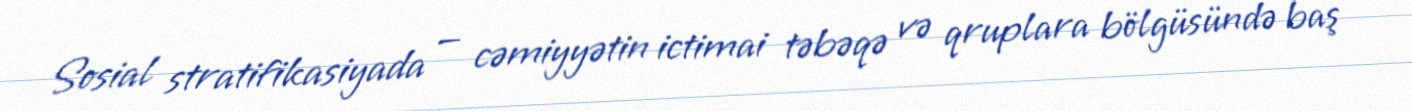
Sosial stratifikasiyada — cəmiyyətin ictimai təbəqə və qruplara bölgüsündə baş